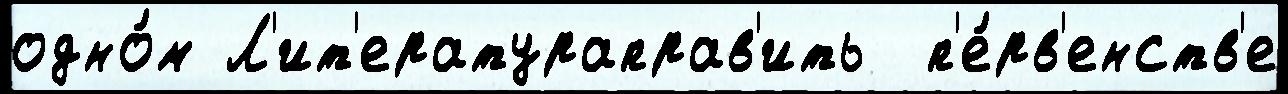
одно́м Л'ит'ератураправ'ить  п'е́рв'енств'е